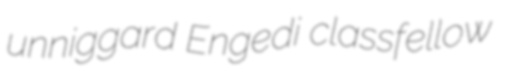
unniggard Engedi classfellow